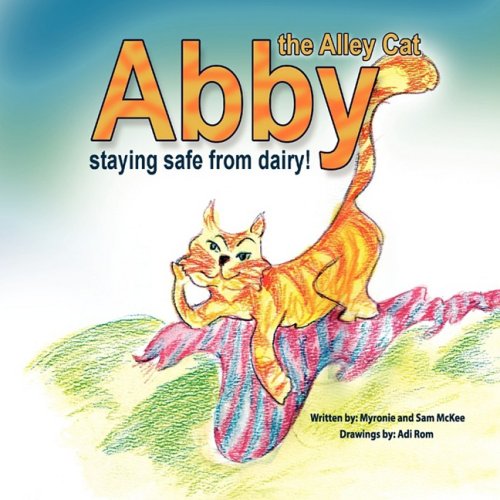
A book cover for "Abby the Alley Cat - Staying Safe from Dairy"; Myronie McKee; Health, Fitness & Dieting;